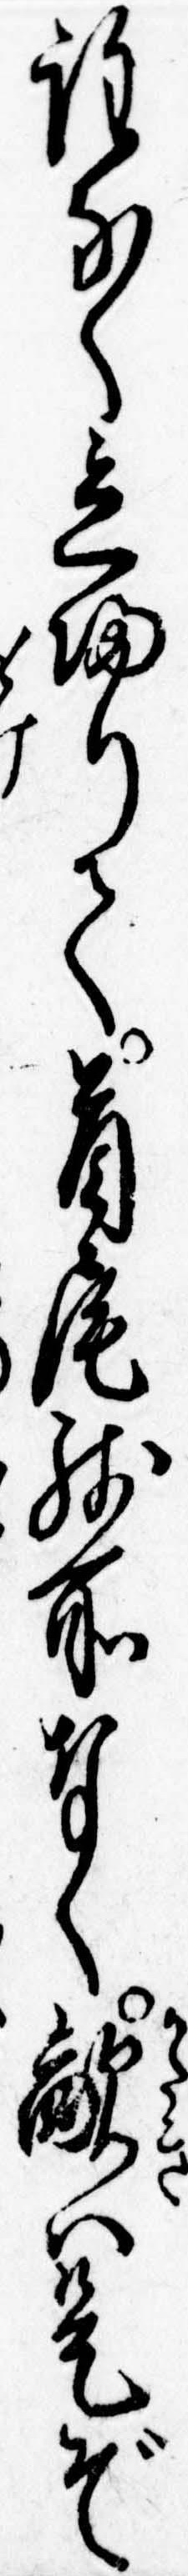
程なく立帰りて首尾残所なく敵は是ぞ